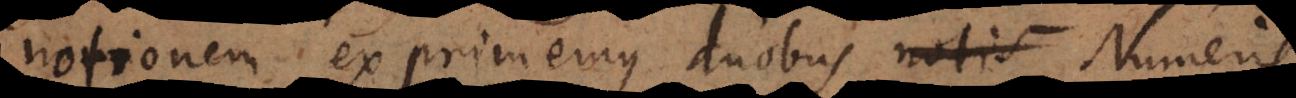
notionem exprimemus duobus notis Numeris